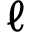
\ell